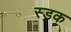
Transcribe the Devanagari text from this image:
स्ड़क